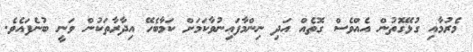
މެރުމާއި ގުޅޭގޮތުން އެއްވެސް ގޮތެއް އަދި ނިންމާފައިނުވާކަމަށް ކަމާބެހޭ އިދާރާތަކުން ވަނީ ބުނެފައެވެ.